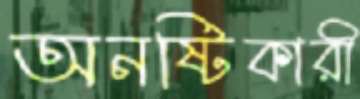
অনষ্টিকারী